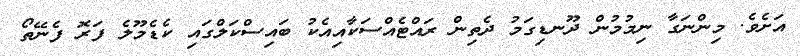
އަށެވެ. މިންނަގާ ނިމުމުން ދޫނޑިގަމު ދެތިން ރައްޓެއްސަކާއިއެކު ބައިސްކަލްގައި ކެޑެމޫލެ ފަރޮ ފެނޭތޯ